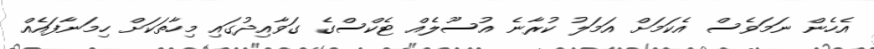
އެހެން ނަމަވެސް އެކަމަށް އަމަލު ކުރާނެ އުސޫލެއް ޓެކްސްގެ ގަވާއިދުގައި މިހާތަކަށް ހިމަނާފައެއް